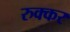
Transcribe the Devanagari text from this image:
रुक्कर